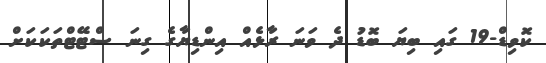
ކޮވިޑް-19 ގައި ބިޔަ ބޮޑު ދެ ވަނަ ރާޅެއް އިންޑިޔާގެ ގިނަ ސްޓޭޓްތަކަކަށް